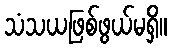
သံသယဖြစ်ဖွယ်မရှိ။